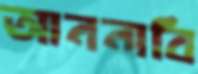
আননাবি